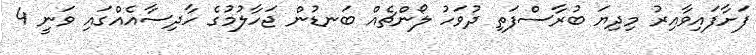
ފަށާފައިވާއިރު މިދިޔަ ބުރާސްފަތި ދުވަހު ލޯންޗެއް ބަނޑުން ޖަހާލުމުގެ ހާދިސާއެއްގައި ވަނީ 4